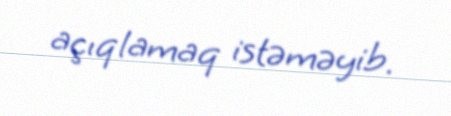
açıqlamaq istəməyib.